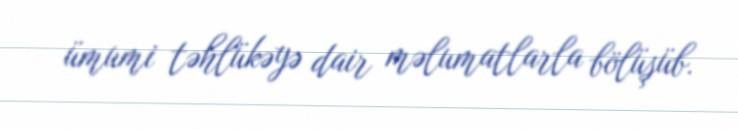
ümumi təhlükəyə dair məlumatlarla bölüşüb.